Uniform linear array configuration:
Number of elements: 24
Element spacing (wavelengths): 0.5
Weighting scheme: hamming
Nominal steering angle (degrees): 45
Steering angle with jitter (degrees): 45.581
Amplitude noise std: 0.05
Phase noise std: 0.05

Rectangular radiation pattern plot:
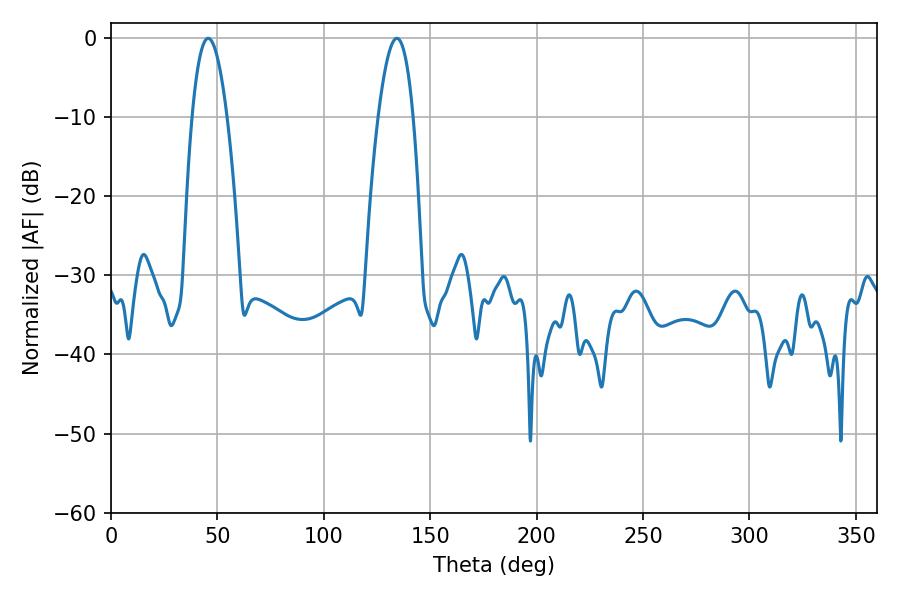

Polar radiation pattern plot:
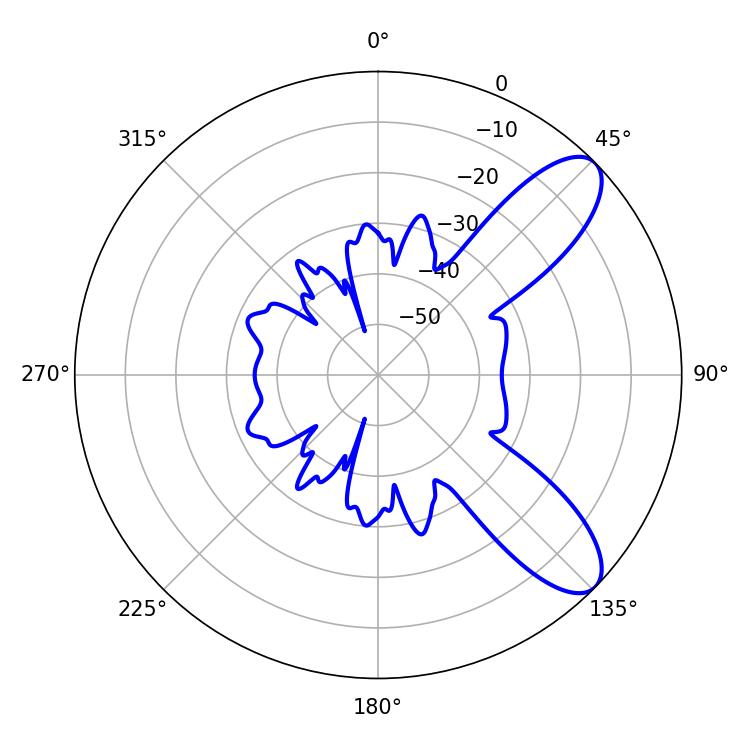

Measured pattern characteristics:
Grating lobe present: FALSE
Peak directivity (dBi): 9.14
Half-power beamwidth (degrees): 9
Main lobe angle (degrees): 45.72